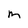
Character: m